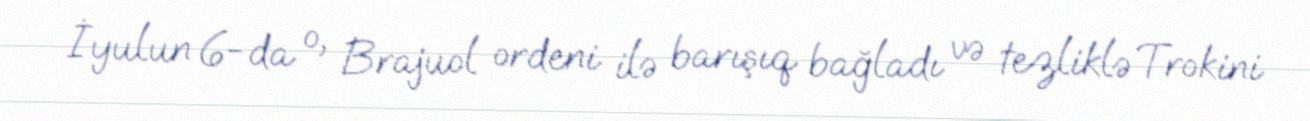
İyulun 6-da o, Brajuol ordeni ilə barışıq bağladı və tezliklə Trokini